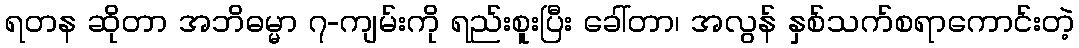
ရတန ဆိုတာ အဘိဓမ္မာ ၇-ကျမ်းကို ရည်းစူးပြီး ခေါ်တာ၊ အလွန် နှစ်သက်စရာကောင်းတဲ့